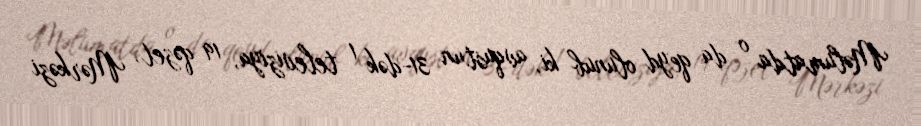
Məlumatda o da qeyd olunub ki, avqustun 31-dək 1 televiziya, 19 qəzet, Mərkəzi